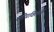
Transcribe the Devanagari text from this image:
सॊपविलेले